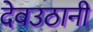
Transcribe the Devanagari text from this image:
देवउठानी